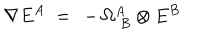
\nabla E ^ { A } \; = \; \, - \, \Omega _ { \; B } ^ { A } \otimes E ^ { B }